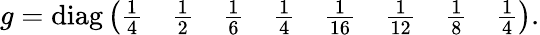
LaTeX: g=\mathrm{diag}\left(\begin{array}{cccccccc}{{\frac 14}}&{{\frac 12}}&{{\frac 16}}&{{\frac 14}}&{{\frac 1{16}}}&{{\frac 1{12}}}&{{\frac 1{8}}}&{{\frac 14}}\end{array}\right).